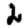
Digit: 2